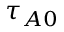
\tau _ { A 0 }